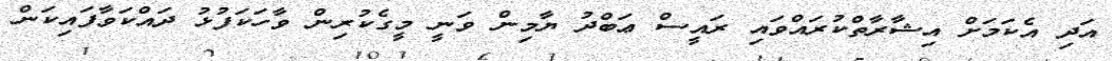
އަދި އެކަމަށް އިޝާރާތްކުރައްވައި ރައީސް ޢަބްދު ޔާމިން ވަނީ މީގެކުރިން ވާހަކަފުޅު ދައްކަވާފައިކަން